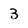
Character: 3